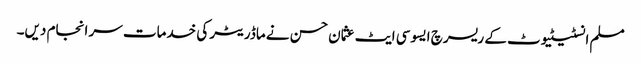
مسلم انسٹیٹیوٹ کے ریسرچ ایسوسی ایٹ عثمان حسن نے ماڈریٹر کی خدمات سر انجام دیں۔